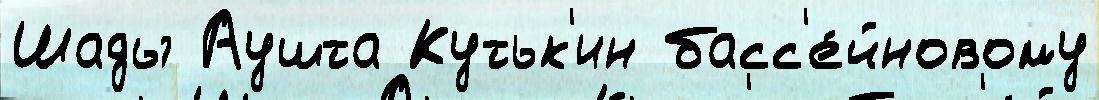
Шады Аушта Кутьк'ин басс'е́йновому